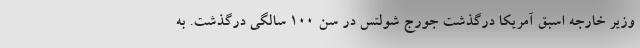
وزیر خارجه اسبق آمریکا درگذشت جورج شولتس در سن ۱۰۰ سالگی درگذشت. به